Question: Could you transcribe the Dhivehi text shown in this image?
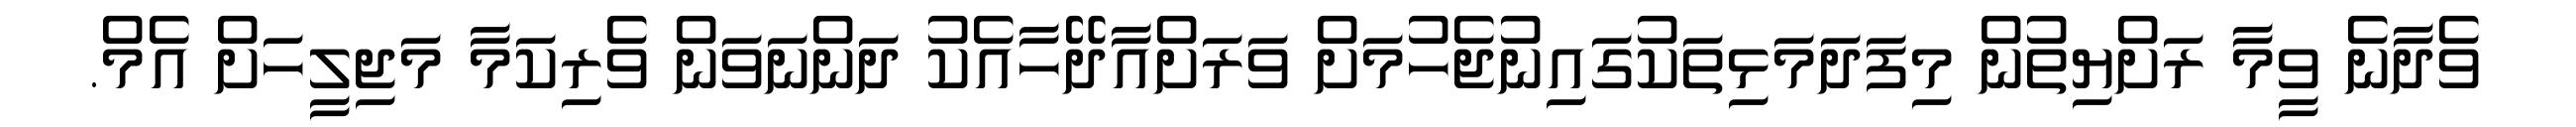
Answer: ވެދާނެ ވީމާ ރަށްޔިތުން މިފަދަމަޅިތަކުގައިނުޖެހުމަށް ވަރަށްއާދޭހާއެކު ދަންނަވަން ވެރިކަމާ މަޖިލީހަށް އެމް.